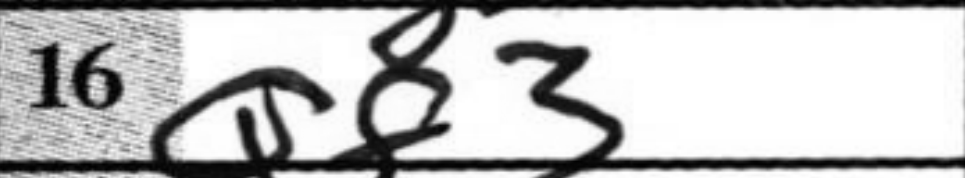
Transcription: Qf3